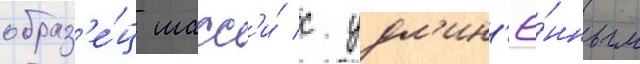
образ'е́ц шасс'и́ с удл'ин'ё́нным